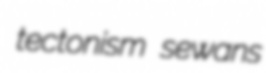
tectonism sewans